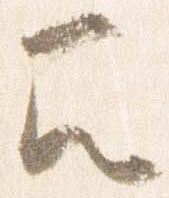
召